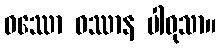
ဝဿော ဝဿာန ပါဝုသာ။